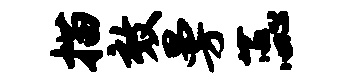
描效曼蕊